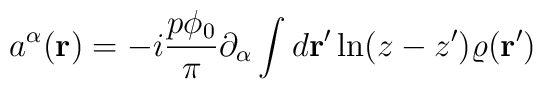
a^{\alpha}({\bf r})=-i\frac {p\phi_0}{\pi}\partial_\alpha  \int d{\bf r'}\ln (z-z')\varrho ({\bf r'})